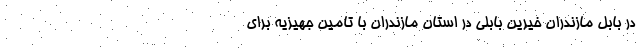
در بابل مازندران خیرین بابلی در استان مازندران با تامین جهیزیه برای